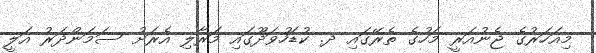
މިއަހަރުގެ ޖެނުއަރީ މަހުގެ ތެރޭގައި ދ. ކުޑަހުވަދޫގައި މަރާލި އެރަށު ސަމަންދަރު އަލީ